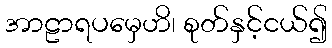
အာဠာရပမှေဟိ၊ စုတ်နှင့်ငယ်၍